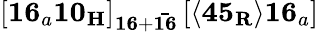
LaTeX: \left[\mathbf{16}_{a}\mathbf{10_{H}}\right]_{\mathbf{16}+\mathbf{\bar{16}}}\left[\langle\mathbf{45_{R}}\rangle\mathbf{16}_{a}\right]